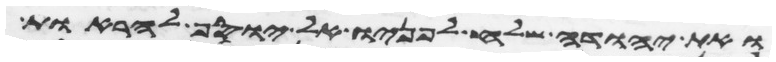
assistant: ואת יהודה שלח לפניו אל יוסף להראות